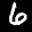
Label: 6